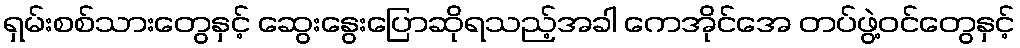
ရှမ်းစစ်သားတွေနှင့် ဆွေးနွေးပြောဆိုရသည့်အခါ ကေအိုင်အေ တပ်ဖွဲ့ဝင်တွေနှင့်